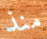
منذ